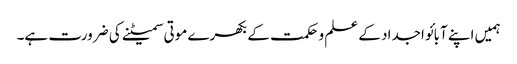
ہمیں اپنے آبائو اجداد کے علم و حکمت کے بکھرے موتی سمیٹنے کی ضرورت ہے۔